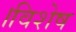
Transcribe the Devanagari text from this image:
।विशेष